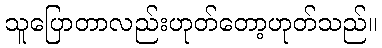
သူပြောတာလည်းဟုတ်တော့ဟုတ်သည်။